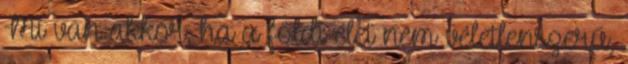
Mi van akkor, ha a földi élet nem véletlenszerű,